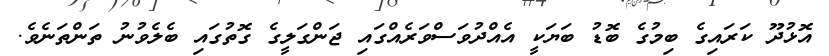
އޮޅުދޫ ކަރައިގެ ބިމުގެ ބޮޑު ބަޔަކީ އެއްދުވަސްވަރެއްގައި ޖަންގަލީގެ ގޮތުގައި ބެލެވުނު ތަންތަނެވެ.